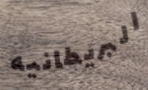
البريطانيه